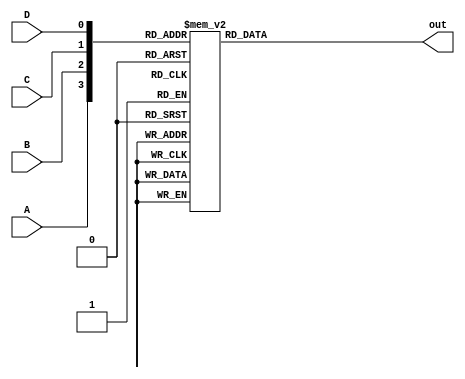


module dec4to16 (A, B, C, D, out);
input A, B, C, D;
output reg [15:0] out;

always@(*) begin
	case({A, B, C, D})
		4'b0000: out <= 16'b0000_0000_0000_0001;
		4'b0001: out <= 16'b0000_0000_0000_0010;
		4'b0010: out <= 16'b0000_0000_0000_0100;
		4'b0011: out <= 16'b0000_0000_0000_1000;
		4'b0100: out <= 16'b0000_0000_0001_0000;
		4'b0101: out <= 16'b0000_0000_0010_0000;
		4'b0110: out <= 16'b0000_0000_0100_0000;
		4'b0111: out <= 16'b0000_0000_1000_0000;
		4'b1000: out <= 16'b0000_0001_0000_0000;
		4'b1001: out <= 16'b0000_0010_0000_0000;
		4'b1010: out <= 16'b0000_0100_0000_0000;
		4'b1011: out <= 16'b0000_1000_0000_0000;
		4'b1100: out <= 16'b0001_0000_0000_0000;
		4'b1101: out <= 16'b0010_0000_0000_0000;
		4'b1110: out <= 16'b0100_0000_0000_0000;
		4'b1111: out <= 16'b1000_0000_0000_0000;
	endcase
end

endmodule

//Make bcd converter by using 4to16 DEC
module bcdto7seg_dec ( bcd_in, seven_seg_out);
 input [3:0] bcd_in;
  
 output [6:0] seven_seg_out;

 wire [15:0] dec_result;

 dec4to16 U0 ( bcd_in[3],
	       bcd_in[2],
               bcd_in[1],
               bcd_in[0], 
               dec_result
 	     );

 wire char_a_out;
 wire char_b_out;
 wire char_c_out;
 wire char_d_out;
 wire char_e_out;
 wire char_f_out; 
 wire char_g_out;

//Decoder's result is minterm
 assign char_a_out = (dec_result[0])|(dec_result[2])|(dec_result[3])|(dec_result[5])|(dec_result[6])|(dec_result[7])|(dec_result[8])|(dec_result[9])
		    |(dec_result[10])|(dec_result[11])|(dec_result[12])|(dec_result[13])|(dec_result[14])|(dec_result[15]);

 assign char_b_out = (dec_result[0])|(dec_result[1])|(dec_result[2])|(dec_result[3])|(dec_result[4])|(dec_result[7])|(dec_result[8])|(dec_result[9]);

 assign char_c_out = (dec_result[0])|(dec_result[1])|(dec_result[3])|(dec_result[4])|(dec_result[5])|(dec_result[6])|(dec_result[7])|(dec_result[8])|(dec_result[9]);

 assign char_d_out = (dec_result[0])|(dec_result[2])|(dec_result[3])|(dec_result[5])|(dec_result[6])|(dec_result[8])|(dec_result[9])
		     | (dec_result[10])|(dec_result[11])|(dec_result[12])|(dec_result[13])|(dec_result[14])|(dec_result[15]);

 assign char_e_out = (dec_result[0])|(dec_result[2])|(dec_result[6])|(dec_result[8])
 		     |(dec_result[10])|(dec_result[11])|(dec_result[12])|(dec_result[13])|(dec_result[14])|(dec_result[15]);

 assign char_f_out = (dec_result[0])|(dec_result[4])|(dec_result[5])|(dec_result[6])|(dec_result[8])|(dec_result[9])
		     |(dec_result[10])|(dec_result[11])|(dec_result[12])|(dec_result[13])|(dec_result[14])|(dec_result[15]);

 assign char_g_out = (dec_result[2])|(dec_result[3])|(dec_result[4])|(dec_result[5])|(dec_result[6])|(dec_result[8])|(dec_result[9])
		     |(dec_result[10])|(dec_result[11])|(dec_result[12])|(dec_result[13])|(dec_result[14])|(dec_result[15]);

assign seven_seg_out = {char_a_out,char_b_out,char_c_out,char_d_out,char_e_out,char_f_out,char_g_out};


endmodule